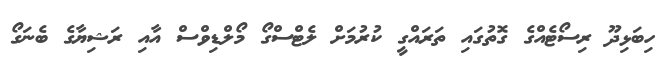
ހިބަޅިދޫ ރިސޯޓެއްގެ ގޮތުގައި ތަރައްގީ ކުރުމަށް ލެޓްސްގޯ މޯލްޑިވްސް އާއި ރަޝިޔާގެ ބެނަގޯ